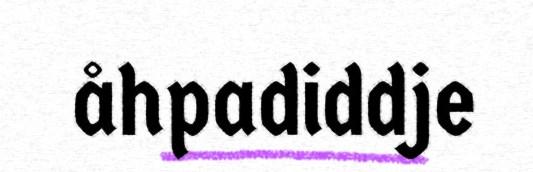
åhpadiddje